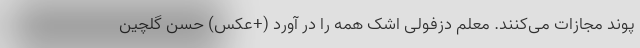
پوند مجازات می‌کنند. معلم دزفولی اشک همه را در آورد (+عکس) حسن گلچین